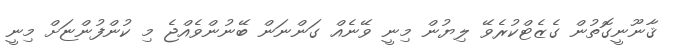
ޤާނޫނީގޮތުން ގެޒެޓްކުރެވޭ ލިޔުން މިނީ ވޭނެއް ގަންނަން ބޭނުންވެއްޖެ މި ކުންފުންޏަށް މިނީ